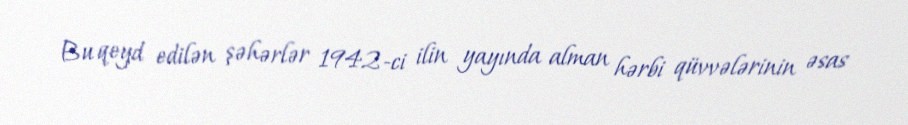
Bu qeyd edilən şəhərlər 1942-ci ilin yayında alman hərbi qüvvələrinin əsas